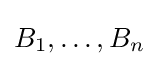
B_{1},\ldots ,B_{n}